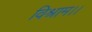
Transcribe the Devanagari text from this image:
विश्राम।।